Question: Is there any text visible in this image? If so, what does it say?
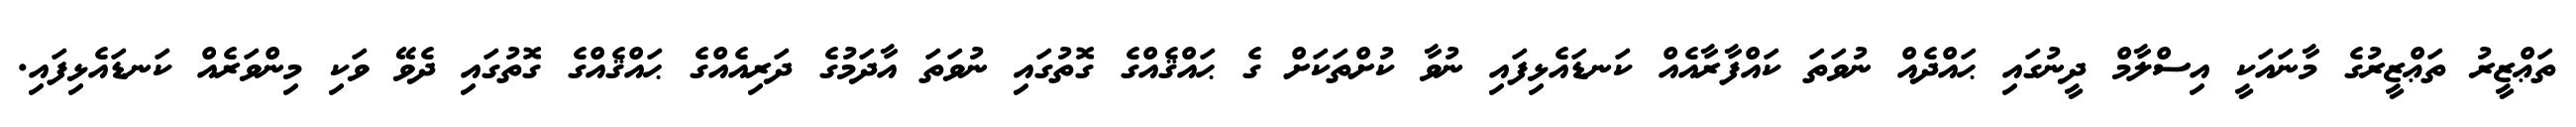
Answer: ތަޢްޒީރު ތަޢްޒީރުގެ މާނައަކީ އިސްލާމް ދީނުގައި ޙައްދެއް ނުވަތަ ކައްފާރާއެއް ކަނޑައެޅިފައި ނުވާ ކުށްތަކަށް ގެ ޙައްޤެއްގެ ގޮތުގައި ނުވަތަ އާދަމުގެ ދަރިއެއްގެ ޙައްޤެއްގެ ގޮތުގައި ދެވޭ ވަކި މިންވަރެއް ކަނޑައެޅިފައި.